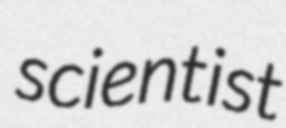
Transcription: scientist